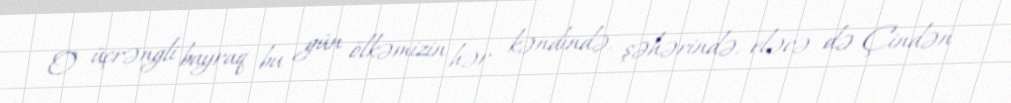
O üçrəngli bayraq bu gün ölkəmizin hər kəndində, şəhərində, eləcə də Çindən